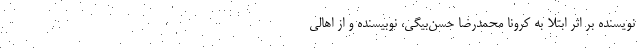
نویسنده بر اثر ابتلا به کرونا محمدرضا حسن‌بیگی، نوبیسنده و از اهالی